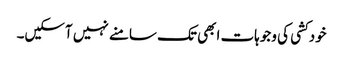
خودکشی کی وجوہات ابھی تک سامنے نہیں آسکیں۔